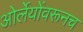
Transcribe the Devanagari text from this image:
ओर्लेयोंवरूनच